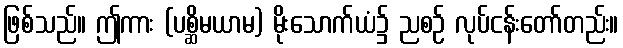
ဖြစ်သည်။ ဤကား (ပစ္ဆိမယာမ) မိုးသောက်ယံ၌ ညစဉ် လုပ်ငန်းတော်တည်း။